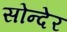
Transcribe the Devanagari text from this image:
सोन्देर